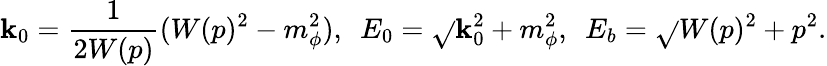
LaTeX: \mathbf{k}_{0}=\frac{{1}}{{2W(p)}}(W(p)^{2}-m_{\phi}^{2}),~~E_{0}=\sqrt{}{{\mathbf{k}_{0}^{2}+m_{\phi}^{2}}},~~E_{b}=\sqrt{}{{W(p)^{2}+p^{2}}}.